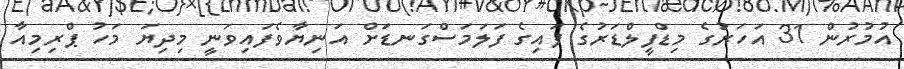
އުމުރުން 31 އަހަރުގެ މިޑްފީލްޑަރުގެ ފައިގެ ފަލަމަސްގަނޑަށް އަނިޔާވެފައިވަނީ މިދިޔަ މަހު ޕްރިމިއާ